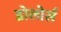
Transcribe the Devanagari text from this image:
डोलोर्स